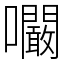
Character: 㘚